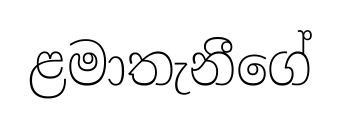
ළමාතැනීගේ